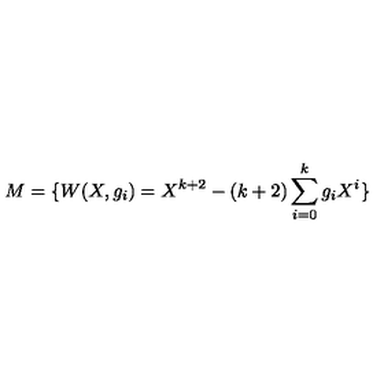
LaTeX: M = \{ W ( X , g _ { i } ) = X ^ { k + 2 } - ( k + 2 ) \sum _ { i = 0 } ^ { k } g _ { i } X ^ { i } \}